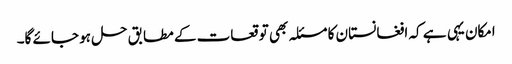
امکان یہی ہے کہ افغانستان کا مسئلہ بھی توقعات کے مطابق حل ہو جائے گا۔